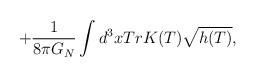
LaTeX: \begin{align*}+\frac{1}{8\pi G_N}\int d^{3}xTrK(T)\sqrt{h(T)} ,\end{align*}